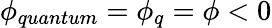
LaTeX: \phi_{quantum}=\phi_{q}=\phi<0